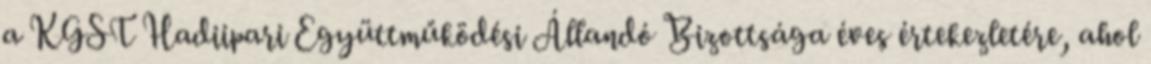
a KGST Hadiipari Együttműködési Állandó Bizottsága éves értekezletére, ahol